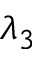
\lambda _ { 3 }